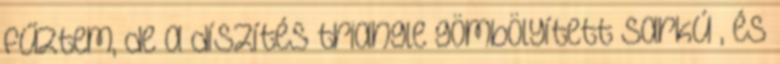
fűztem, de a díszítés triangle gömbölyített sarkú , és